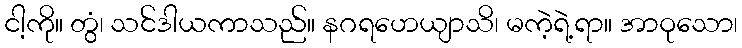
ငါ့ကို။ တွံ၊ သင်ဒါယကာသည်။ နဂရဟေယျာသိ၊ မကဲ့ရဲ့ရာ။ အာဝုသော၊